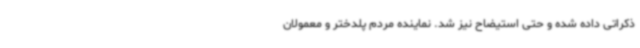
ذکراتی داده شده و حتی استیضاح نیز شد. نماینده مردم پلدختر و معمولان